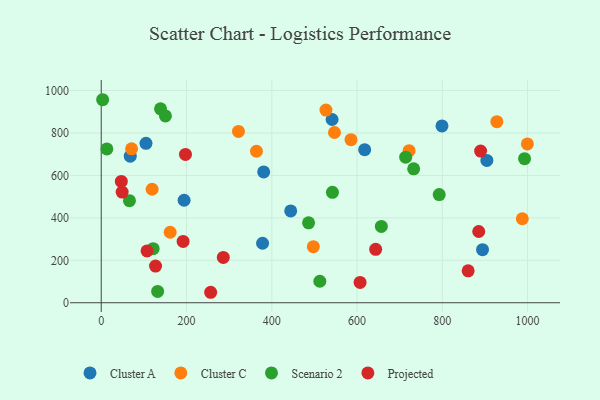
{"axis": {"x": "Price", "y": "Sales"}, "legend": ["Cluster A", "Cluster C", "Projected", "Scenario 2"], "data": [{"x": "904.5", "y": 670.7, "type": "Cluster A"}, {"x": "617.9", "y": 721.4, "type": "Cluster A"}, {"x": "194.4", "y": 483.0, "type": "Cluster A"}, {"x": "378.4", "y": 280.3, "type": "Cluster A"}, {"x": "894.3", "y": 250.2, "type": "Cluster A"}, {"x": "541.5", "y": 863.5, "type": "Cluster A"}, {"x": "444.4", "y": 432.9, "type": "Cluster A"}, {"x": "799.2", "y": 833.1, "type": "Cluster A"}, {"x": "105.0", "y": 751.4, "type": "Cluster A"}, {"x": "68.1", "y": 690.7, "type": "Cluster A"}, {"x": "381.0", "y": 616.3, "type": "Cluster A"}, {"x": "161.7", "y": 332.2, "type": "Cluster C"}, {"x": "527.1", "y": 907.8, "type": "Cluster C"}, {"x": "321.9", "y": 807.3, "type": "Cluster C"}, {"x": "927.9", "y": 853.4, "type": "Cluster C"}, {"x": "987.6", "y": 395.9, "type": "Cluster C"}, {"x": "71.2", "y": 725.1, "type": "Cluster C"}, {"x": "364.1", "y": 713.8, "type": "Cluster C"}, {"x": "585.8", "y": 768.3, "type": "Cluster C"}, {"x": "999.5", "y": 748.6, "type": "Cluster C"}, {"x": "722.1", "y": 716.6, "type": "Cluster C"}, {"x": "497.5", "y": 264.2, "type": "Cluster C"}, {"x": "547.1", "y": 802.2, "type": "Cluster C"}, {"x": "119.4", "y": 534.8, "type": "Cluster C"}, {"x": "792.7", "y": 509.5, "type": "Scenario 2"}, {"x": "150.6", "y": 880.4, "type": "Scenario 2"}, {"x": "512.7", "y": 101.2, "type": "Scenario 2"}, {"x": "139.1", "y": 913.8, "type": "Scenario 2"}, {"x": "3.3", "y": 956.7, "type": "Scenario 2"}, {"x": "486.3", "y": 376.6, "type": "Scenario 2"}, {"x": "66.2", "y": 480.9, "type": "Scenario 2"}, {"x": "132.3", "y": 53.3, "type": "Scenario 2"}, {"x": "657.0", "y": 359.6, "type": "Scenario 2"}, {"x": "121.8", "y": 254.8, "type": "Scenario 2"}, {"x": "13.2", "y": 725.0, "type": "Scenario 2"}, {"x": "732.8", "y": 630.9, "type": "Scenario 2"}, {"x": "542.3", "y": 520.2, "type": "Scenario 2"}, {"x": "992.9", "y": 679.0, "type": "Scenario 2"}, {"x": "714.1", "y": 685.9, "type": "Scenario 2"}, {"x": "192.1", "y": 288.8, "type": "Projected"}, {"x": "127.4", "y": 173.0, "type": "Projected"}, {"x": "860.6", "y": 150.3, "type": "Projected"}, {"x": "643.7", "y": 251.6, "type": "Projected"}, {"x": "885.4", "y": 335.8, "type": "Projected"}, {"x": "49.1", "y": 521.7, "type": "Projected"}, {"x": "256.7", "y": 49.3, "type": "Projected"}, {"x": "197.6", "y": 698.7, "type": "Projected"}, {"x": "286.3", "y": 213.7, "type": "Projected"}, {"x": "107.5", "y": 244.0, "type": "Projected"}, {"x": "607.1", "y": 95.9, "type": "Projected"}, {"x": "889.8", "y": 714.8, "type": "Projected"}, {"x": "47.1", "y": 571.9, "type": "Projected"}]}